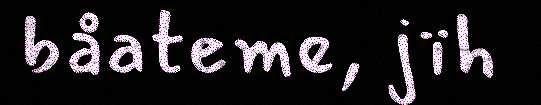
båateme, jïh